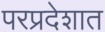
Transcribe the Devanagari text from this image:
परप्रदेशात